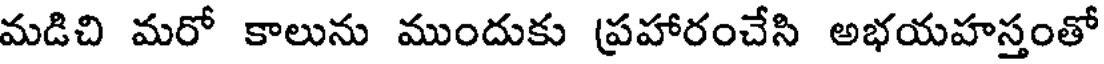
మడిచి మరో కాలును ముందుకు (ప్రహారంచేసి అభయహస్తంతో